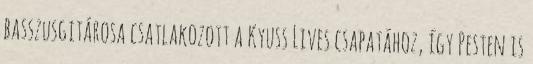
basszusgitárosa csatlakozott a Kyuss Lives csapatához, így Pesten is